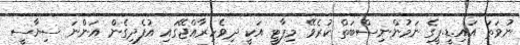
ނުވަތަ އައި.ޑީ.ޕީގެ ނަމުންނިސްބަތް ކުރެވޭ މިޕާޓީ އަކީ ދިވެހިރާއްޖޭގައި އުފެދިގެން އަންނަ ސިޔާސީ